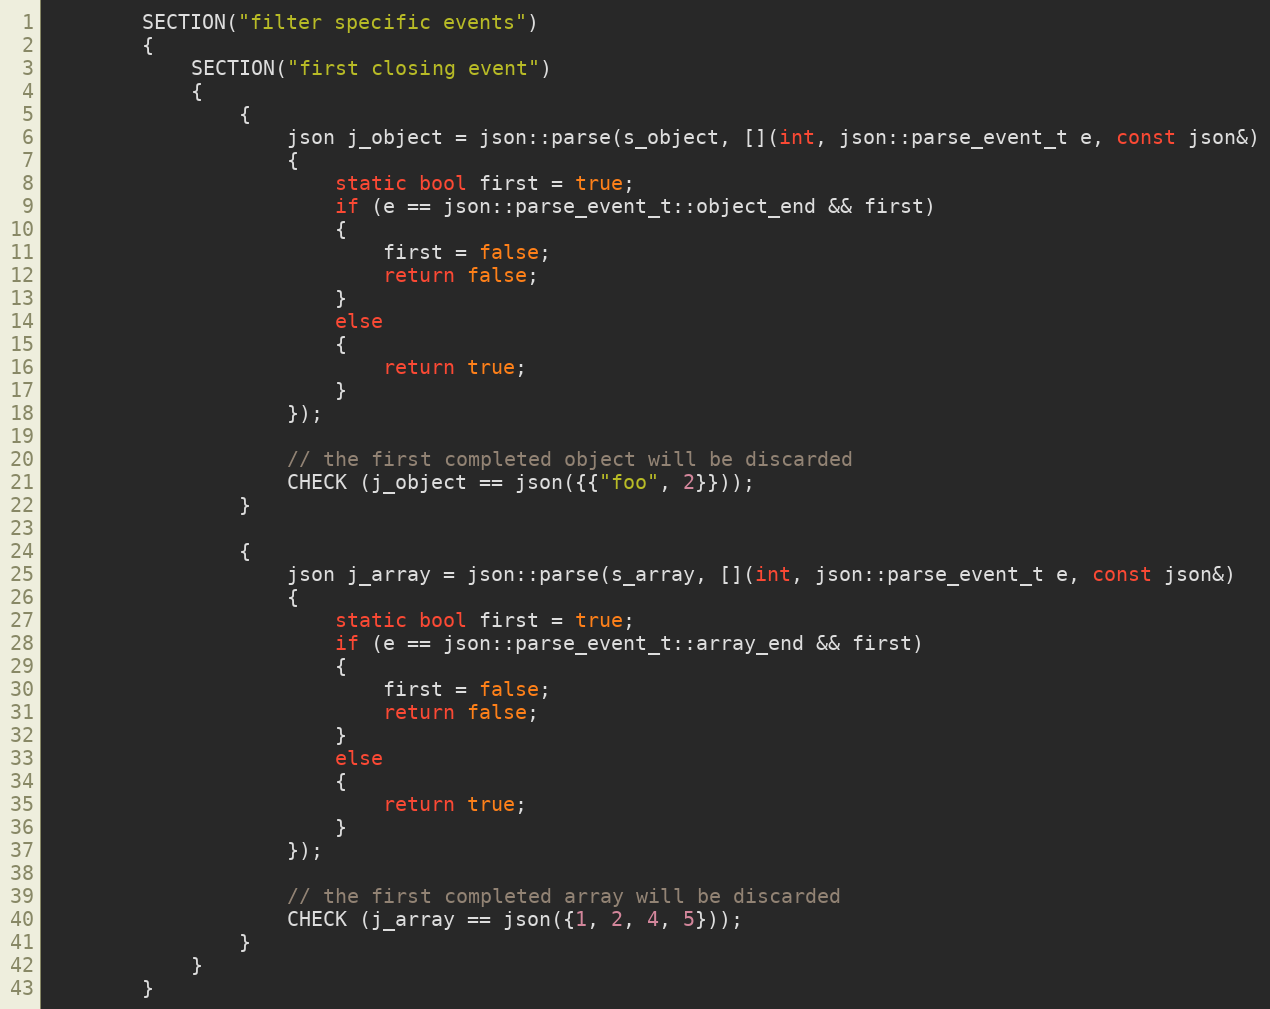
Language: C++
        SECTION("filter specific events")
        {
            SECTION("first closing event")
            {
                {
                    json j_object = json::parse(s_object, [](int, json::parse_event_t e, const json&)
                    {
                        static bool first = true;
                        if (e == json::parse_event_t::object_end && first)
                        {
                            first = false;
                            return false;
                        }
                        else
                        {
                            return true;
                        }
                    });

                    // the first completed object will be discarded
                    CHECK (j_object == json({{"foo", 2}}));
                }

                {
                    json j_array = json::parse(s_array, [](int, json::parse_event_t e, const json&)
                    {
                        static bool first = true;
                        if (e == json::parse_event_t::array_end && first)
                        {
                            first = false;
                            return false;
                        }
                        else
                        {
                            return true;
                        }
                    });

                    // the first completed array will be discarded
                    CHECK (j_array == json({1, 2, 4, 5}));
                }
            }
        }